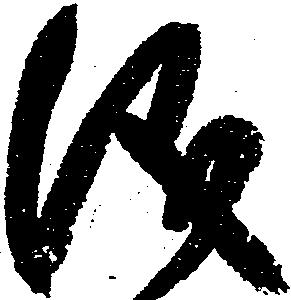
儀